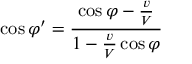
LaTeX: \cos \varphi ^ { \prime } = { \frac { \cos \varphi - { \frac { v } { V } } } { 1 - { \frac { v } { V } } \cos \varphi } }